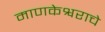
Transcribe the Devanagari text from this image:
माणकेश्वराचे